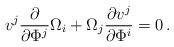
LaTeX: \begin{align*} v^j \frac{\partial}{\partial \Phi^j} \Omega_{i}+ \Omega_{j}\frac{\partial v^j}{\partial \Phi^i}=0\,.\end{align*}